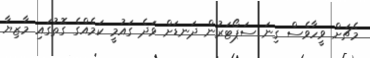
މެޗަށް ވީހާވެސް ގިނަ ސަޕޯޓަރުން ދަނޑަށް ވަދެ ގައުމީ ކަމެއްގެ ގޮތުގައި މާޒިޔާ